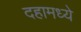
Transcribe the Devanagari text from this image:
दहामध्ये